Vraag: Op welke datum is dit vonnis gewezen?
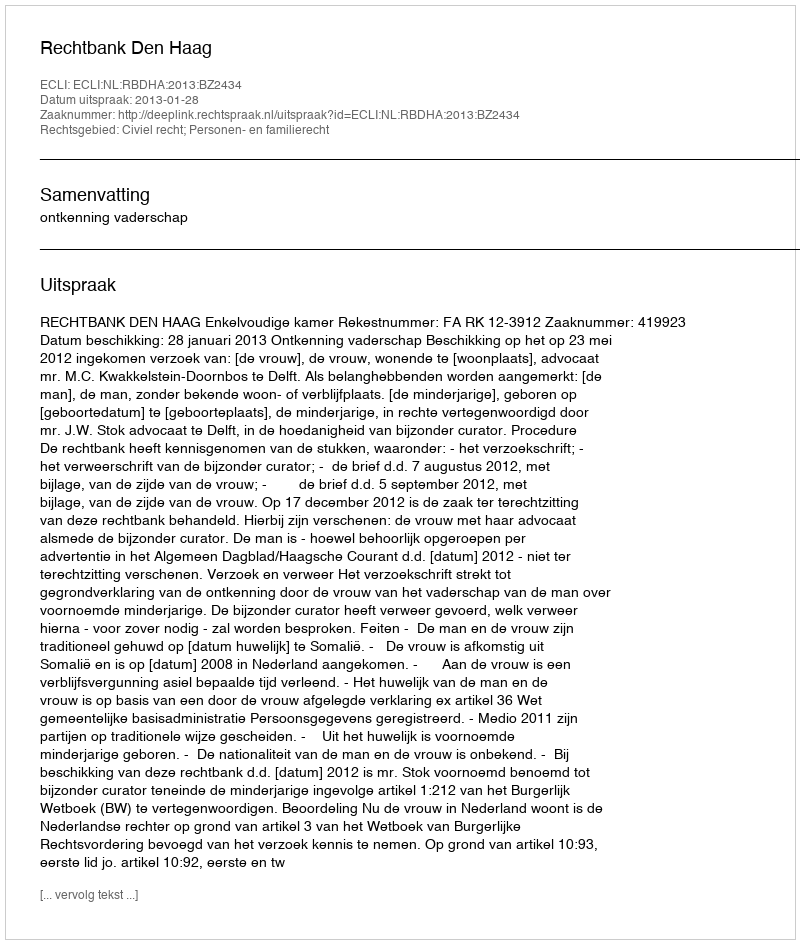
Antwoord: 2013-01-28